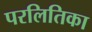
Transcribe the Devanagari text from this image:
परलितिका